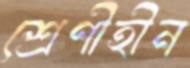
শ্রেণীহীন